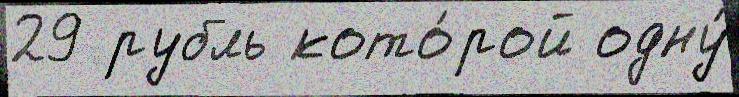
29 рубль кото́рой одну́